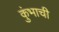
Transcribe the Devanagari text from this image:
कुंभाची